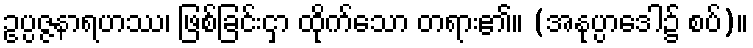
ဥပ္ပဇ္ဇနာရဟဿ၊ ဖြစ်ခြင်းငှာ ထိုက်သော တရား၏။ (အနုပ္ပာဒေါ၌ စပ်)။